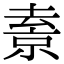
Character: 𠬇